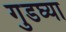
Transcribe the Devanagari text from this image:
गुडघ्या